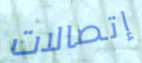
إتصالات